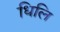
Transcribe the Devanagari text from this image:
धिलि